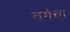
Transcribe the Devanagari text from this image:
वर्गचा